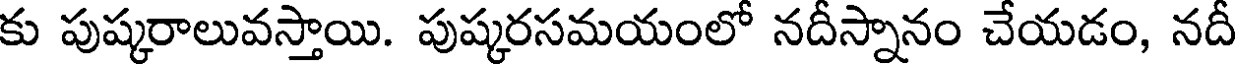
కు పుష్కరాలువస్తాయి. పుష్కరసమయంలో నదీస్నానం చేయడం, నదీ